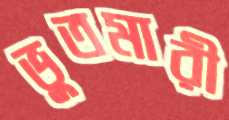
ভুতমারী